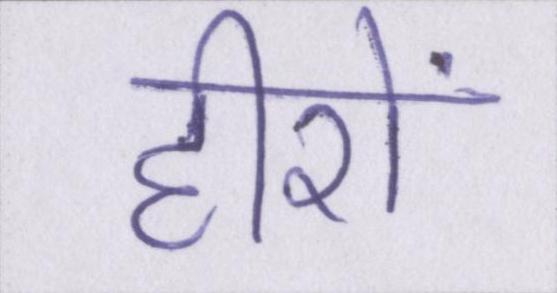
हीरों